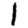
Digit: 1